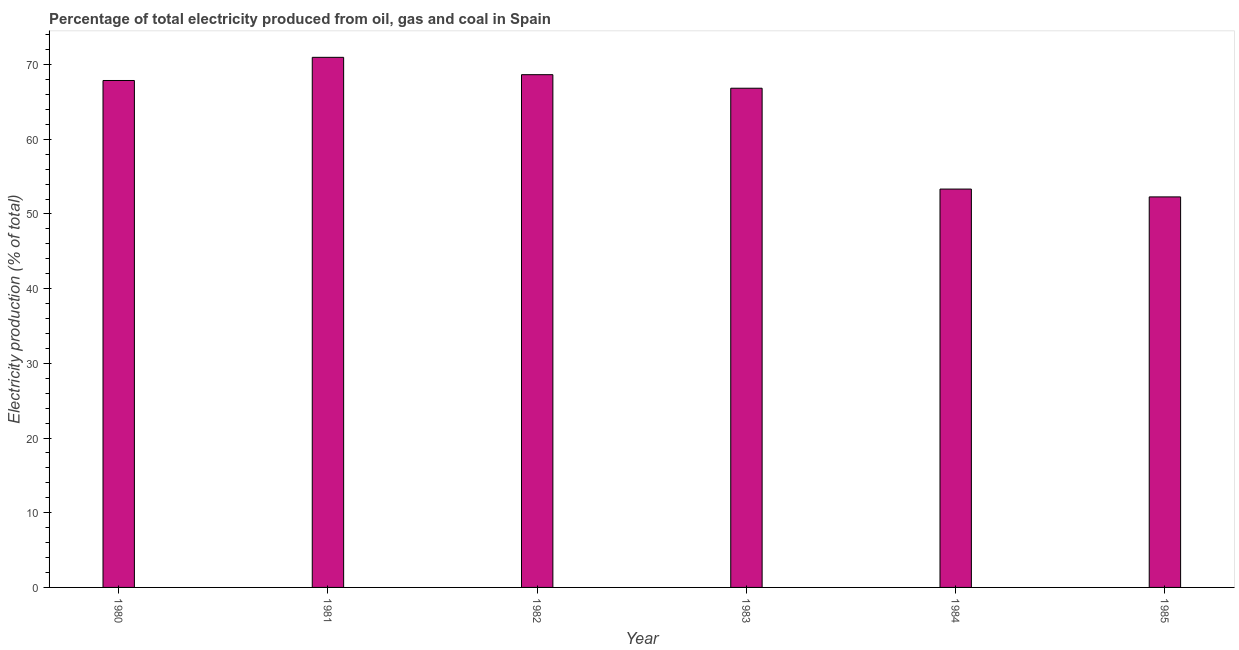
| Year | Electricity production |
 | --- | --- |
 | 1980 | 67.9 |
 | 1981 | 71 |
 | 1982 | 68.6 |
 | 1983 | 66.8 |
 | 1984 | 53.3 |
 | 1985 | 52.3 |